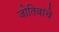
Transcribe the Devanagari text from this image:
जोतिबांचे